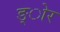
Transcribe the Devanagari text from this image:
ङ्ोर